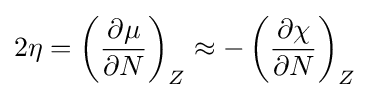
2\eta =\left({\frac {\partial \mu }{\partial N}}\right)_{Z}\approx -\left({\frac {\partial \chi }{\partial N}}\right)_{Z}